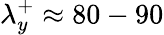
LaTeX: \lambda_{y}^{+}\approx 80-90